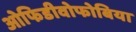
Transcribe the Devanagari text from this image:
ओफिडीवोफोबिया